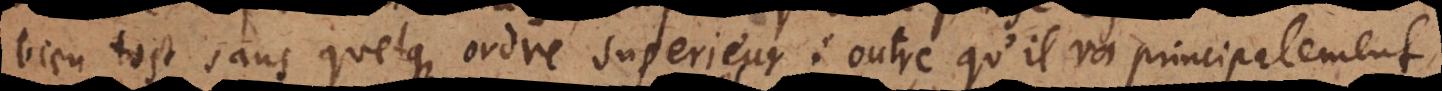
bien tost sans quelque ordre superieur: outre qu’il va principalement